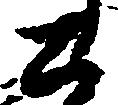
公